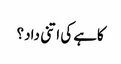
کاہے کی اتنی داد؟